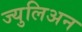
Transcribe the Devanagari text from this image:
ज्युलिअन